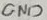
Text: GND